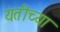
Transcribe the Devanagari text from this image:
यतीच्या